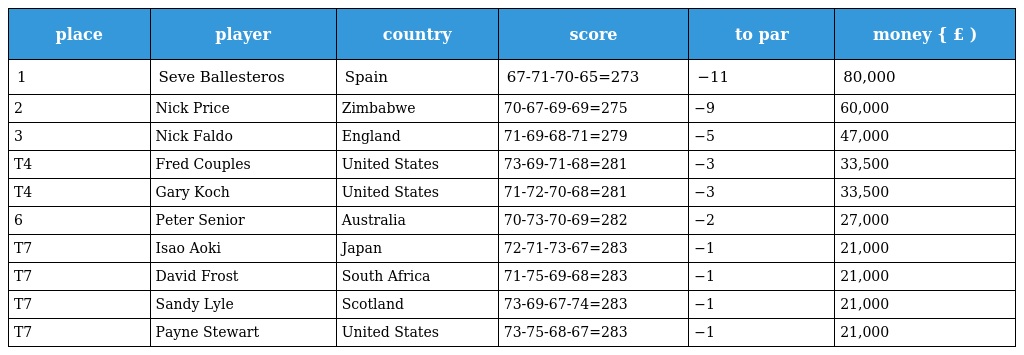
| place | player | country | score | to par | money { £ ) |
 | --- | --- | --- | --- | --- | --- |
 | 1 | Seve Ballesteros | Spain | 67-71-70-65=273 | −11 | 80,000 |
 | 2 | Nick Price | Zimbabwe | 70-67-69-69=275 | −9 | 60,000 |
 | 3 | Nick Faldo | England | 71-69-68-71=279 | −5 | 47,000 |
 | T4 | Fred Couples | United States | 73-69-71-68=281 | −3 | 33,500 |
 | T4 | Gary Koch | United States | 71-72-70-68=281 | −3 | 33,500 |
 | 6 | Peter Senior | Australia | 70-73-70-69=282 | −2 | 27,000 |
 | T7 | Isao Aoki | Japan | 72-71-73-67=283 | −1 | 21,000 |
 | T7 | David Frost | South Africa | 71-75-69-68=283 | −1 | 21,000 |
 | T7 | Sandy Lyle | Scotland | 73-69-67-74=283 | −1 | 21,000 |
 | T7 | Payne Stewart | United States | 73-75-68-67=283 | −1 | 21,000 |